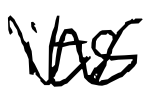
Text: its
Cross-out: zig-zag
Writing tool: digital_black